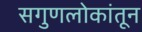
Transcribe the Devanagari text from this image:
सगुणलोकांतून